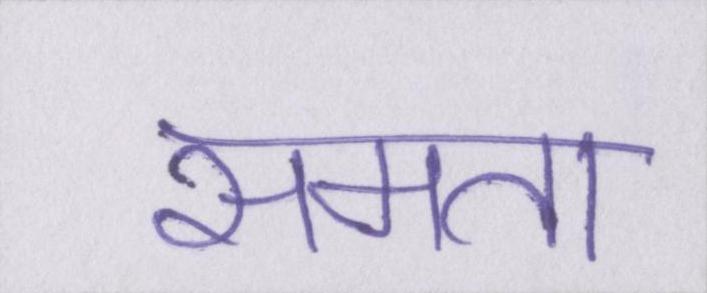
समता